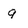
Character: 9